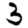
Digit: 3